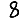
Digit: 8